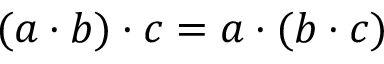
( a \cdot b ) \cdot c = a \cdot ( b \cdot c )